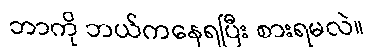
ဘာကို ဘယ်ကနေရပြီး စားရမလဲ။